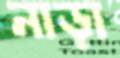
নাড়া